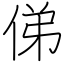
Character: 俤